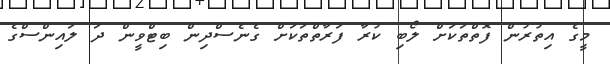
މީގެ އިތުރުން ފޮތްތަކަށް ލޯބި ކުރާ ފަރާތްތަކަށް ގެނެސްދިން ބިޓްވީން ދަ ލައިންސްގެ